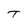
Character: T